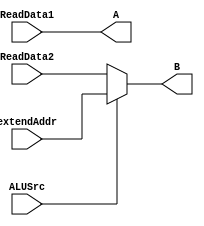
`timescale 1ns / 1ps


module MUX_2_1 (ReadData1, ReadData2, extendAddr, ALUSrc, A,B);

	input [63:0] ReadData1,ReadData2, extendAddr;
	//decide lengths of the input and output depending on parameter W 
	input ALUSrc;		
	output [63:0] A,B;
	
	assign A = ReadData1;
	assign B = (ALUSrc == 1) ? extendAddr : ReadData2;
	

endmodule